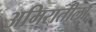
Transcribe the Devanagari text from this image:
अमिरातीला